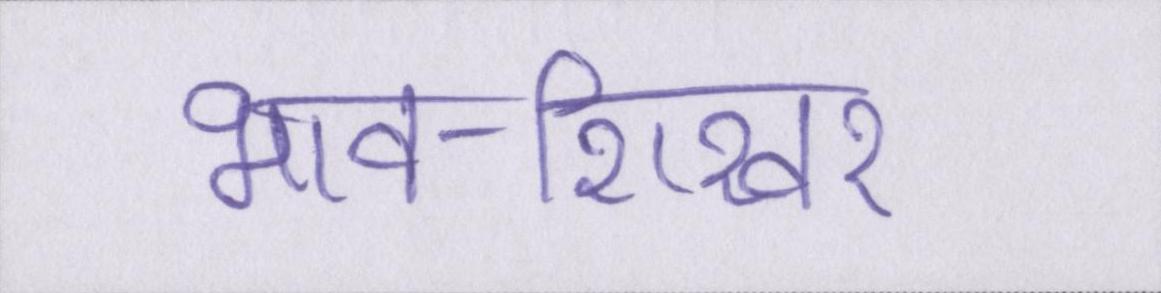
भाव-शिखर